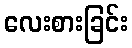
လေးစားခြင်း